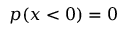
p ( x < 0 ) = 0